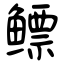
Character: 鳔